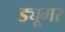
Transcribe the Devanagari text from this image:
ड्यूमर